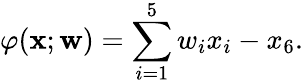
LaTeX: \varphi(\mathbf{x};\mathbf{w})=\sum_{i=1}^{5}w_{i}x_{i}-x_{6}.